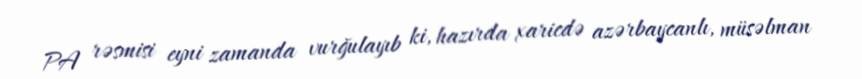
PA rəsmisi eyni zamanda vurğulayıb ki, hazırda xaricdə azərbaycanlı, müsəlman